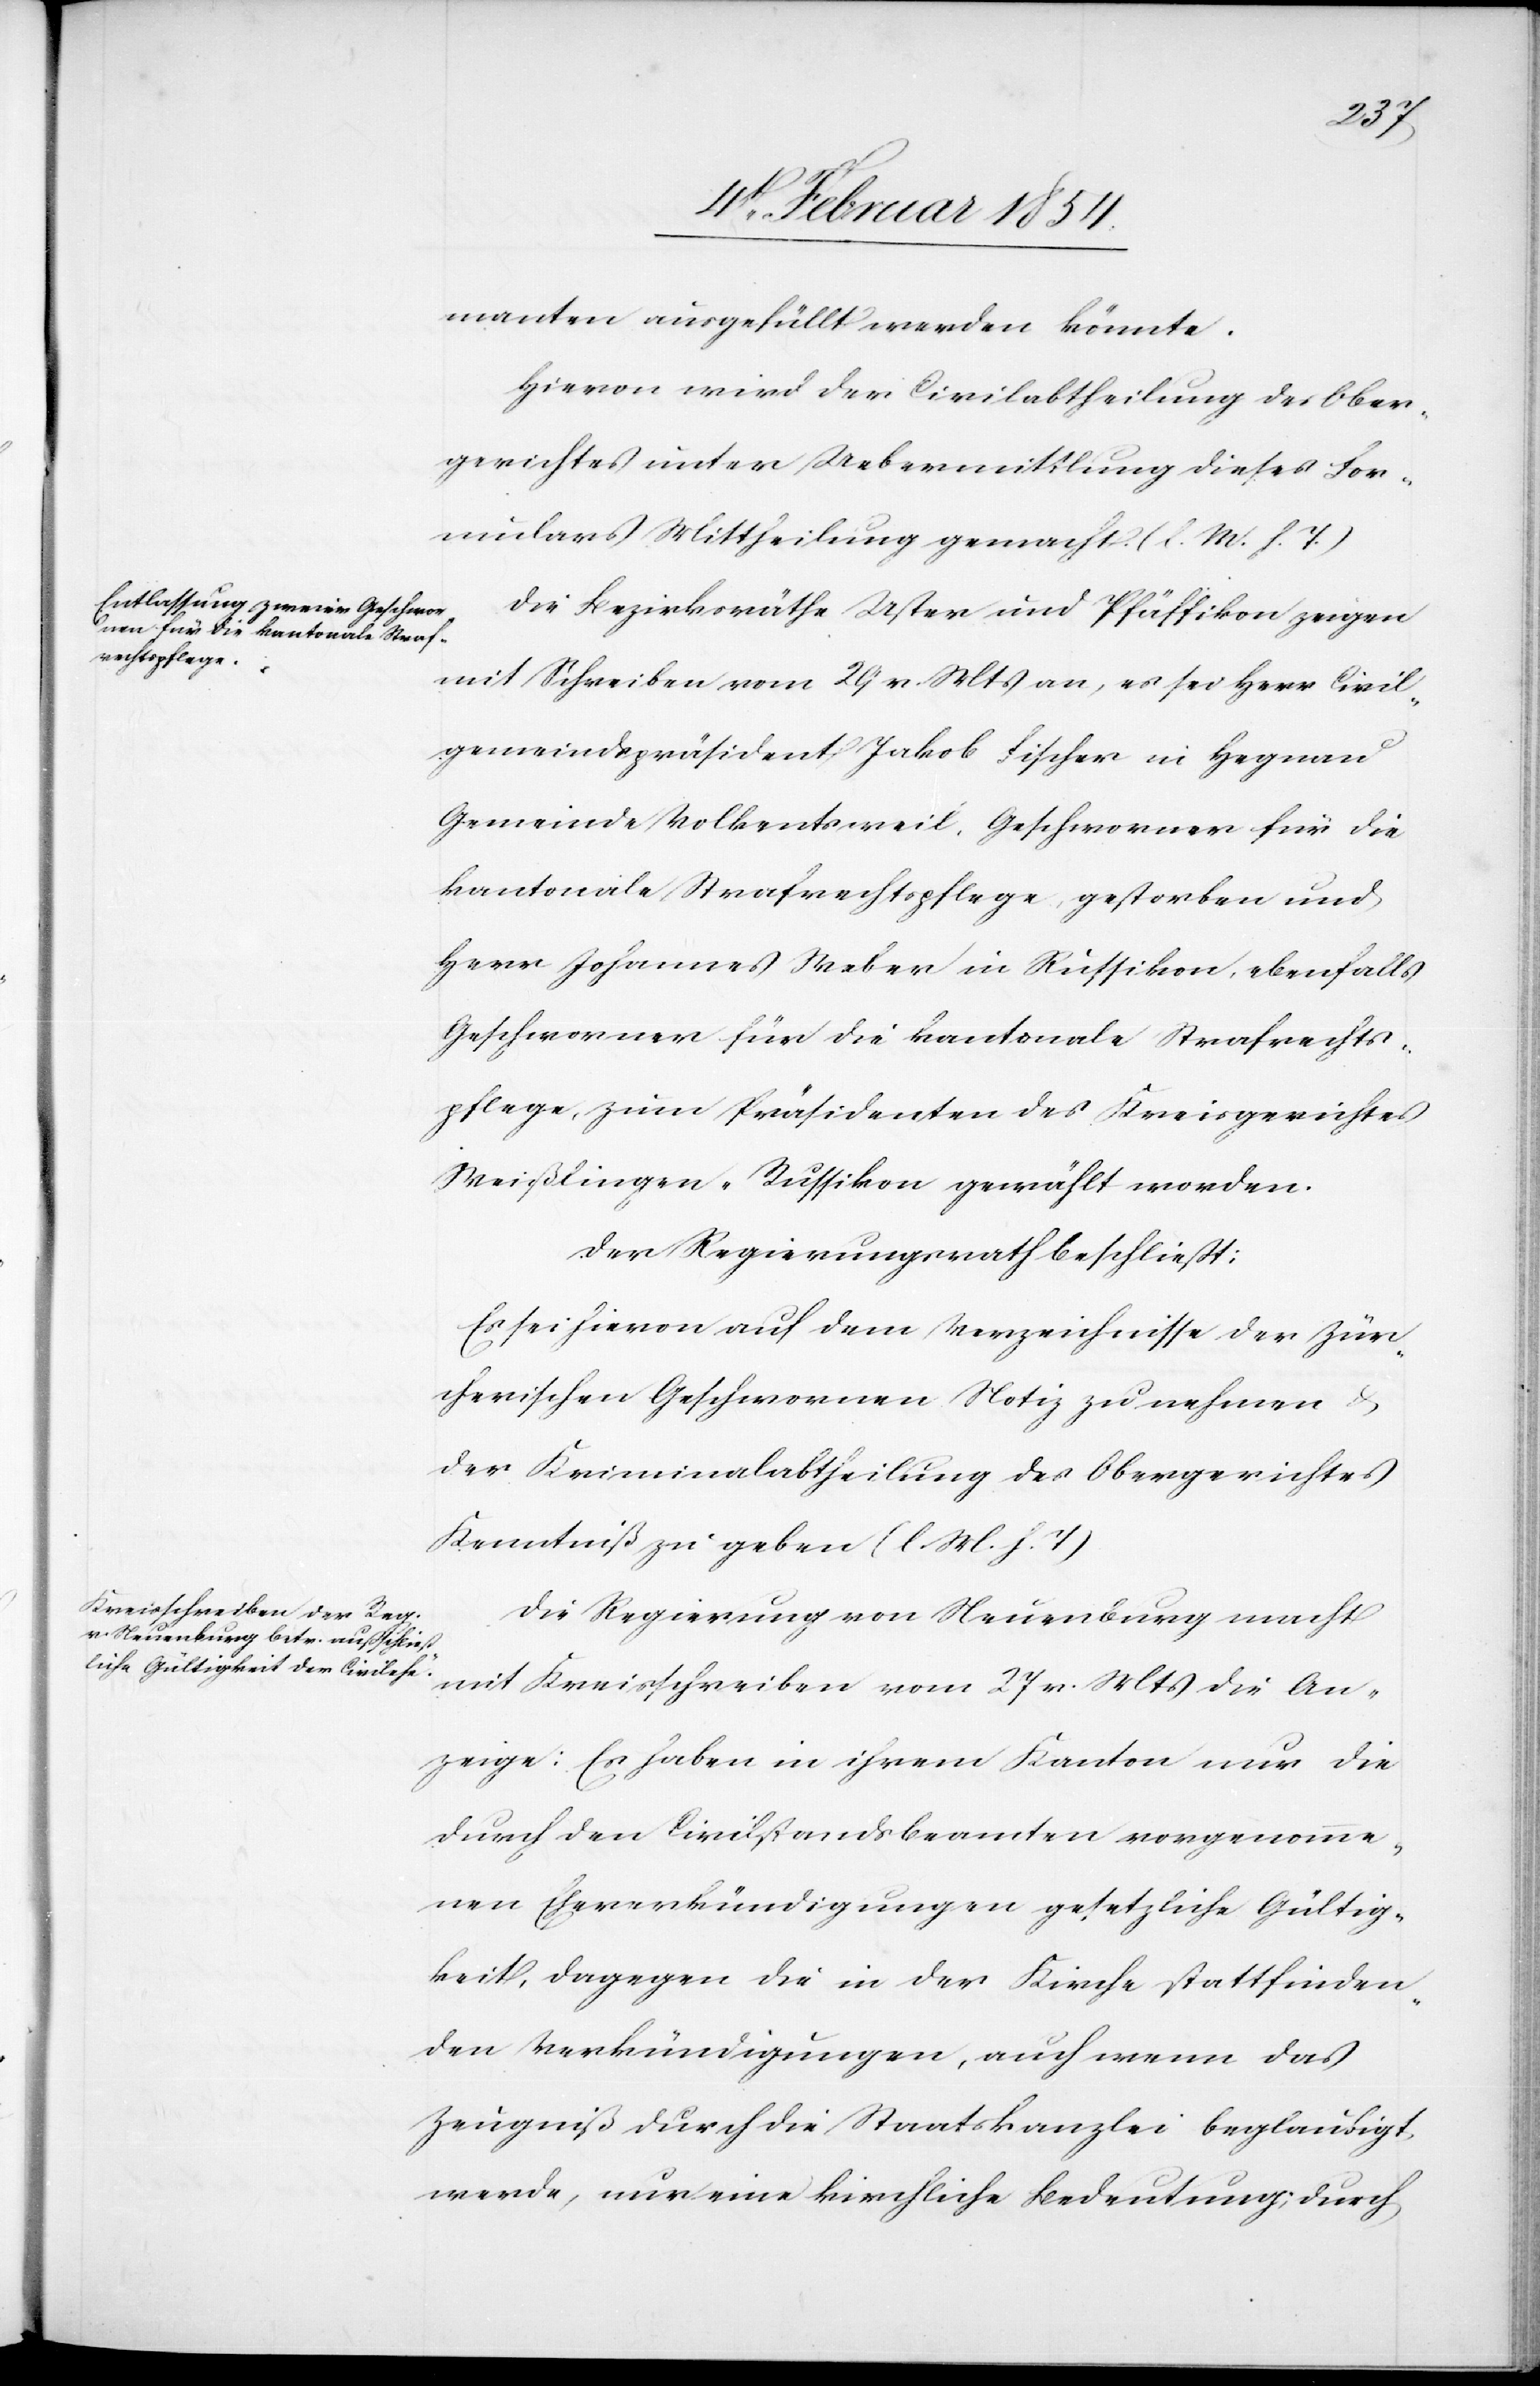
manten ausgefüllt werden könnte.
Hievon wird der Civilabtheilung des Ober¬
gerichtes unter Uebermittlung dieses For¬
mulars Mittheilung gemacht. (l. M. h. T.)
Die Bezirksräthe Uster und Pfäffikon zeigen
mit Schreiben vom 29 v. Mts an, es sei Herr Civil¬
gemeindspräsident Jakob Fischer in Hegnau
Gemeinde Volkentsweil, Geschworener für die
kantonale Strafrechtspflege, gestorben und
Herr Johannes Weber in Russikon, ebenfalls
Geschworener für die kantonale Strafrechts¬
pflege, zum Präsidenten des Kreisgerichts
Weißlingen-Russikon gewählt worden.
Der Regierungsrath beschließt:
Es sei hievon auf dem Verzeichnisse der zür¬
cherischen Geschworenen Notiz zu nehmen u.
der Kriminalabtheilung des Obergerichtes
Kenntniß zu geben (l. M. h. T.).
Die Regierung von Neuenburg macht
mit Kreisschreiben vom 27 v. Mts die An¬
zeige: Es haben in ihrem Kanton nur die
durch den Civilstandsbeamten vorgenomme¬
nen Eheverkündigungen gesetzliche Gültig¬
keit, dagegen die in der Kirche stattfinden¬
den Verkündigungen, auch wenn das
Zeugniß durch die Staatskanzlei beglaubigt
werde, nur eine kirchliche Bedeutung; durch